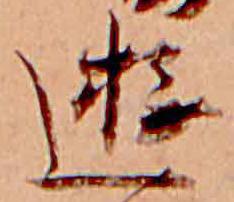
遊